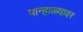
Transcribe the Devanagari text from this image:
पान्हाळ्यावर